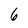
Character: 6